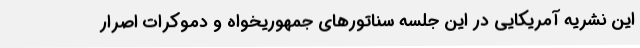
این نشریه آمریکایی در این جلسه سناتورهای جمهوریخواه و دموکرات اصرار